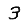
Digit: 3